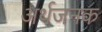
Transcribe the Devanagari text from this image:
अर्थजनक